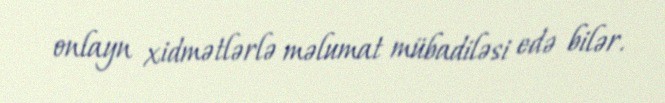
onlayn xidmətlərlə məlumat mübadiləsi edə bilər.